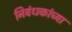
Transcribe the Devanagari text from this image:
निबंधकांच्या